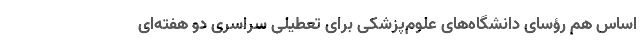
اساس هم رؤسای دانشگاه‌های علوم‌پزشکی برای تعطیلی سراسری دو هفته‌ای